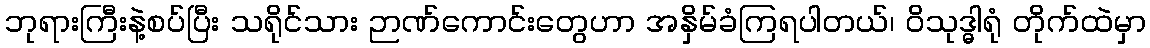
ဘုရားကြီးနဲ့စပ်ပြီး သရိုင်သား ဉာဏ်ကောင်းတွေဟာ အနှိမ်ခံကြရပါတယ်၊ ဝိသုဒ္ဓါရုံ တိုက်ထဲမှာ